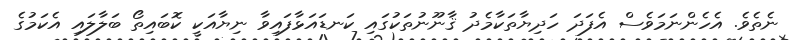
ނެތެވެ. އެހެންނަމަވެސް އެފަދަ ހަދިޔާތަކާމެދު ޤާނޫނުތަކުގައި ކަނޑައަޅާފައިވާ ނިޔާއަކީ ކޮބައިތޯ ބަލާލައި އެކަމުގެ